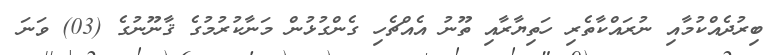
ބިރުދެއްކުމާއި ނުރައްކާތެރި ހަތިޔާރާއި ތޫނު އެއްޗެހި ގެންގުޅުން މަނާކުރުމުގެ ޤާނޫނުގެ (03) ވަނަ